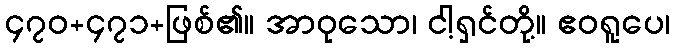
၄၇၀+၄၇၁+ဖြစ်၏။ အာဝုသော၊ ငါ့ရှင်တို့။ ဧဝရူပေ၊